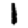
Digit: 1